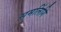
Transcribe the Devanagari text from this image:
समलिंगि